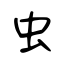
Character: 虫